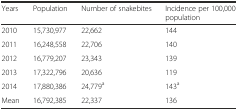
<table><thead><tr><td><b>Years</b></td><td><b>Population</b></td><td><b>Number of snakebites</b></td><td><b>Incidence per 100,000 population</b></td></tr></thead><tbody><tr><td>2010</td><td>15,730,977</td><td>22,662</td><td>144</td></tr><tr><td>2011</td><td>16,248,558</td><td>22,706</td><td>140</td></tr><tr><td>2012</td><td>16,779,207</td><td>23,343</td><td>139</td></tr><tr><td>2013</td><td>17,322,796</td><td>20,636</td><td>119</td></tr><tr><td>2014</td><td>17,880,386</td><td>24,779<sup>a</sup></td><td>143<sup>a</sup></td></tr><tr><td>Mean</td><td>16,792,385</td><td>22,337</td><td>136</td></tr></tbody></table>